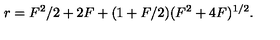
r = F ^ { 2 } / 2 + 2 F + ( 1 + F / 2 ) ( F ^ { 2 } + 4 F ) ^ { 1 / 2 } .